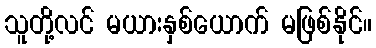
သူတို့လင် မယားနှစ်ယောက် မဖြစ်နိုင်။